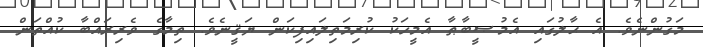
މަގުންނެވެ. އެ ޙާލުގައި އެމުޞީބާޠާ އެމީހަކު ކުރިމަތިލައިފިކަން ޔަޤީނެވެ. ތިމާގެ ވެރިރައްބާ ކުއްތަން